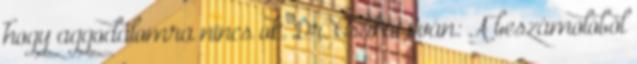
hogy aggodalomra nincs ok. Dr. Csákai Iván: A beszámolóból